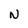
Character: N